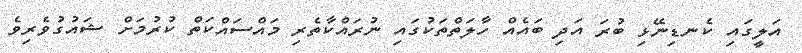
އަލީގައި ކެނޑިނޭޅި ބުރަ އަދި ބައެއް ހާލަތްތަކުގައި ނުރައްކާތެރި މައްސައްކަތް ކުރުމަށް ޝައުގުވެރިވެ